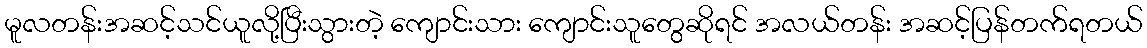
မူလတန်းအဆင့်သင်ယူလို့ပြီးသွားတဲ့ ကျောင်းသား ကျောင်းသူတွေဆိုရင် အလယ်တန်း အဆင့်ပြန်တက်ရတယ်